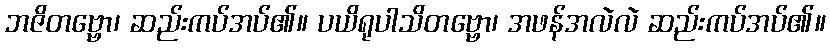
ဘဇိတဗ္ဗော၊ ဆည်းကပ်အပ်၏။ ပယိရုပါသိတဗ္ဗော၊ အဖန်အလဲလဲ ဆည်းကပ်အပ်၏။